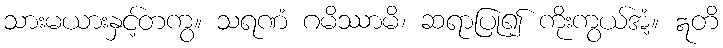
သားမယားနှင့်တကွ။ သရဏံ ဂမိဿာမိ၊ ဆရာပြု၍ ကိုးကွယ်အံ့။ ဣတိ